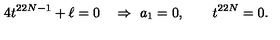
4 t ^ { 2 2 N - 1 } + \ell = 0 \quad \Rightarrow \ a _ { 1 } = 0 , \qquad t ^ { 2 2 N } = 0 .